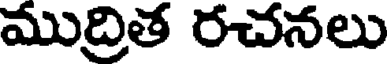
ముద్రిత రచనలు